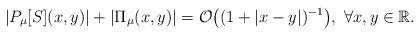
LaTeX: \begin{align*}|P_\mu[S](x, y)| + |\Pi_\mu (x, y)| = \mathcal{O}\big( (1+|x-y|)^{-1}\big),\ \forall x, y\in\mathbb R.\end{align*}